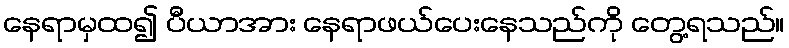
နေရာမှထ၍ ပီယာအား နေရာဖယ်ပေးနေသည်ကို တွေ့ရသည်။